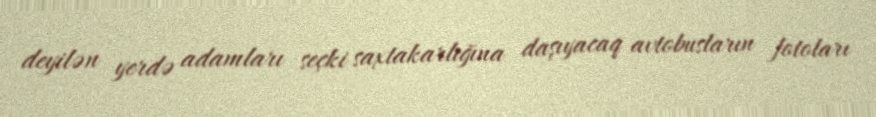
deyilən yerdə adamları seçki saxtakarlığına daşıyacaq avtobusların fotoları